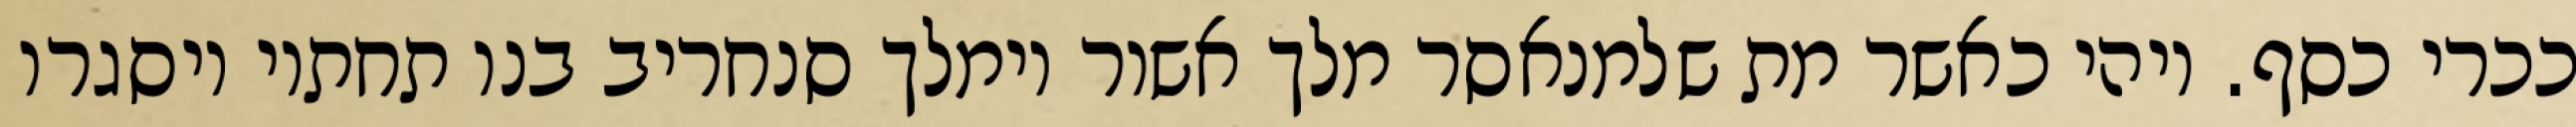
ככרי כסף. ויהי כאשר מת שלמנאסר מלך אשור וימלך סנחריב בנו תחתיו ויסגרו